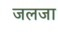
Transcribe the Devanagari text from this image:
जलजा